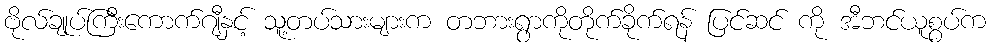
ဗိုလ်ချုပ်ကြီးကောက်ဂျီနှင့် သူ့တပ်သားများက တဘားရွာကိုတိုက်ခိုက်ရန် ပြင်ဆင် ကို အီဘင်ယူစွပ်က